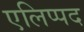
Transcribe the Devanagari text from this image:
एलिप्पद